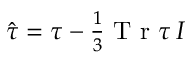
\begin{array} { r } { \hat { \boldsymbol { \tau } } = \boldsymbol { \tau } - \frac { 1 } { 3 } \mathrm { ~ T ~ r ~ } \boldsymbol { \tau } \, \boldsymbol { I } } \end{array}